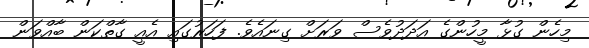
މިހެން ގުޅާ މީހުންގެ އަދަދުވެސް ވަރަށް ގިނައެވެ. ފަހަރުގައި އެއީ ގާތްކަން ބާއްވަން